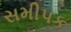
સમીપક